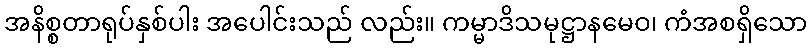
အနိစ္စတာရုပ်နှစ်ပါး အပေါင်းသည် လည်း။ ကမ္မာဒိသမုဋ္ဌာနမေဝ၊ ကံအစရှိသော